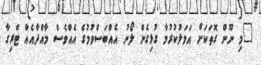
"މި ނޫން ގޮތަކަށް އަމަލުކުރުމާ ގުޅިގެން ލޯނު އެއްބަސްވުމުގެ އެއްވެސް މާއްދާއެއް ޓްރިގާ